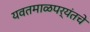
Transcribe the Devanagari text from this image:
यवतमाळपर्यंतचे